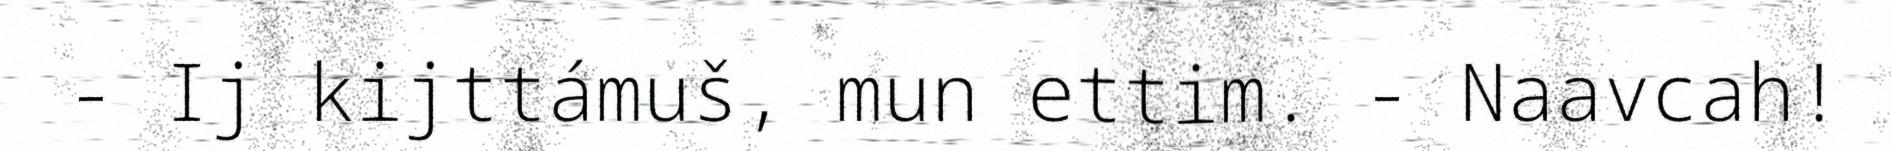
- Ij kijttámuš, mun ettim. - Naavcah!